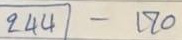
244 - 170